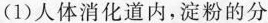
(1)人体消化道内，淀粉的分